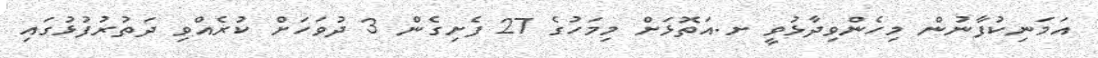
އަމަނިކުފާނުން މިހެންވިދާޅުވީ ށ.އަތޮޅަށް މިމަހުގެ 27 ފެށިގެން 3 ދުވަހަށް ކުރެއްވި ދަތުރުފުޅުގައި